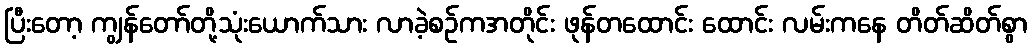
ပြီးတော့ ကျွန်တော်တို့သုံးယောက်သား လာခဲ့စဉ်ကအတိုင်း ဖုန်တထောင်း ထောင်း လမ်းကနေ တိတ်ဆိတ်စွာ